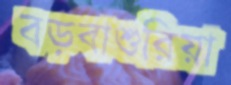
বড়বাশুরিয়া